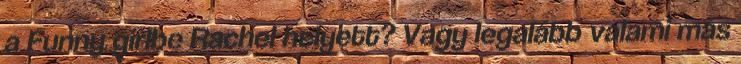
a Funny girlbe Rachel helyett? Vagy legalább valami más